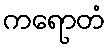
ကရောတံ